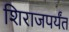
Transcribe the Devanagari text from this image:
शिराजपर्यंत